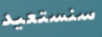
سنستعيد